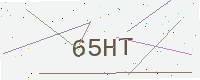
Text: 65HT